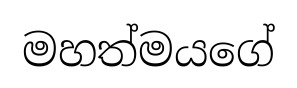
මහත්මයගේ